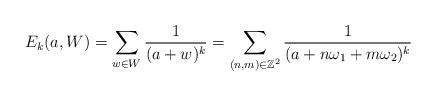
LaTeX: \begin{align*}~E_{k}(a,W)=\sum_{w\in W}\frac{1}{(a+w)^{k}}=\sum_{(n,m)\in\mathbb{Z}^{2}}\frac{1}{(a+n\omega_{1}+m\omega_{2})^{k}}\end{align*}